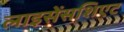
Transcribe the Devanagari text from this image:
लाइसेंसशिएट